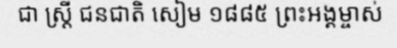
ជា ស្ត្រី ជនជាតិ សៀម ១៨៨៥ ព្រះអង្គម្ចាស់